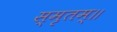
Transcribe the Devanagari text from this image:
स्मृतम्॥